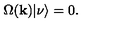
\Omega ( { \bf k } ) | \nu \rangle = 0 .